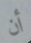
أن